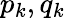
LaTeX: p_{k},q_{k}